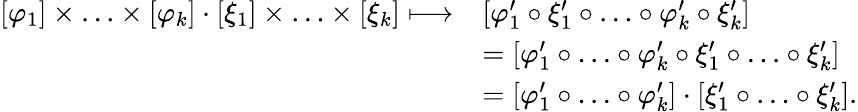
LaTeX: \begin{array}{rl}{[\varphi_{1}]\times\ldots\times[\varphi_{k}]\cdot[\xi_{1}]\times\ldots\times[\xi_{k}]\longmapsto}&{[\varphi_{1}^{\prime}\circ\xi_{1}^{\prime}\circ\ldots\circ\varphi_{k}^{\prime}\circ\xi_{k}^{\prime}]}\\ &{=[\varphi_{1}^{\prime}\circ\ldots\circ\varphi_{k}^{\prime}\circ\xi_{1}^{\prime}\circ\ldots\circ\xi_{k}^{\prime}]}\\ &{=[\varphi_{1}^{\prime}\circ\ldots\circ\varphi_{k}^{\prime}]\cdot[\xi_{1}^{\prime}\circ\ldots\circ\xi_{k}^{\prime}].}\end{array}